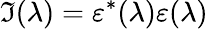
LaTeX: \mathfrak{I}(\lambda)=\varepsilon^{*}(\lambda)\varepsilon(\lambda)